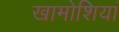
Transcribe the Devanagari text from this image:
खामोशियां